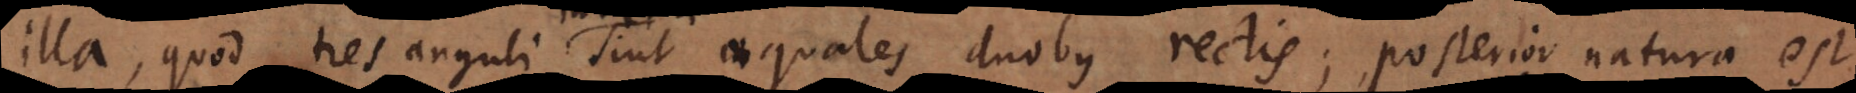
illa, quod tres anguli sint aequales duobus rectis; posterior natura est